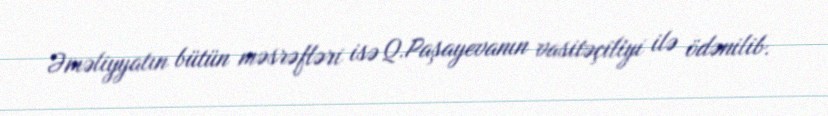
Əməliyyatın bütün məsrəfləri isə Q.Paşayevanın vasitəçiliyi ilə ödənilib.